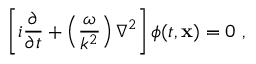
\left[ i { \frac { \partial } { \partial t } } + \left( \frac { \omega } { k ^ { 2 } } \right) \nabla ^ { 2 } \right] \phi ( t , \mathbf { x } ) = 0 \ ,